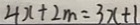
4 x + 2 m = 3 x + 1